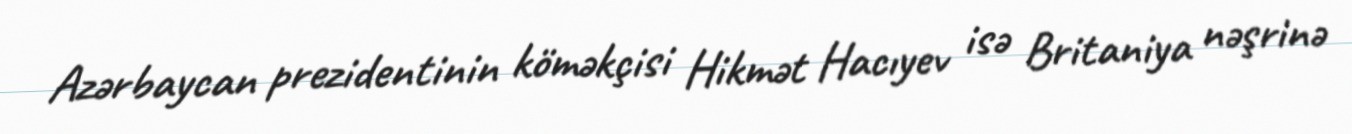
Azərbaycan prezidentinin köməkçisi Hikmət Hacıyev isə Britaniya nəşrinə